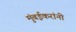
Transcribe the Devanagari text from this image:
मुंबईकरांनी